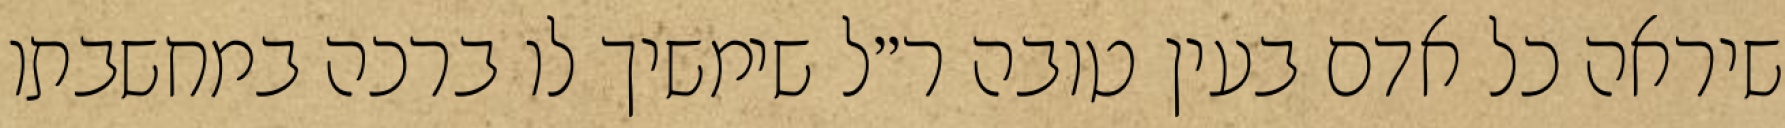
שיראה כל אדם בעין טובה ר״ל שימשיך לו ברכה במחשבתו